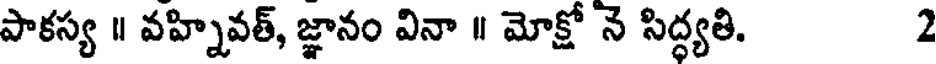
పాకస్య ॥ వహ్నివత్, జ్ఞానం వినా ॥ మోక్షో నె సిద్ధ్యతి. 2